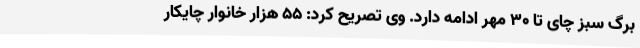
برگ سبز چای تا 30 مهر ادامه دارد. وی تصریح کرد: 55 هزار خانوار چایکار